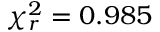
\chi _ { r } ^ { 2 } = 0 . 9 8 5